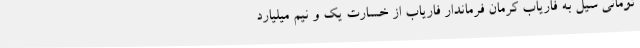
تومانی سیل به فاریاب کرمان فرماندار فاریاب از خسارت یک و نیم میلیارد